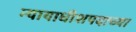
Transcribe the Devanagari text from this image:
न्यायाधीशपदाच्या